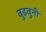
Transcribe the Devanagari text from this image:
बुडवुनी